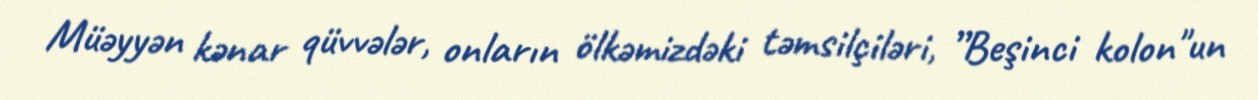
Müəyyən kənar qüvvələr, onların ölkəmizdəki təmsilçiləri, ”Beşinci kolon"un